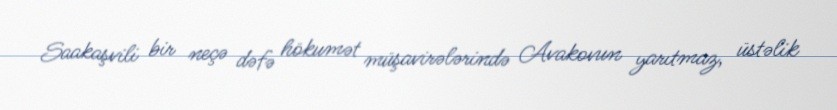
Saakaşvili bir neçə dəfə hökumət müşavirələrində Avakovun yarıtmaz, üstəlik